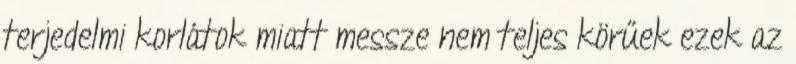
terjedelmi korlátok miatt messze nem teljes körűek ezek az